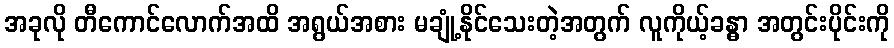
အခုလို တီကောင်လောက်အထိ အရွယ်အစား မချုံ့နိုင်သေးတဲ့အတွက် လူကိုယ့်ခန္ဓာ အတွင်းပိုင်းကို